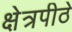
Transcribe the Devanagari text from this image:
क्षेत्रपीठे